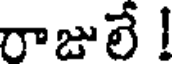
రాజులే !